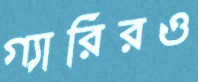
গ্যারিরও